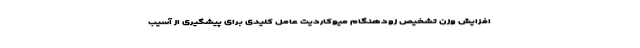
افزایش وزن تشخیص زودهنگام میوکاردیت عامل کلیدی برای پیشگیری از آسیب